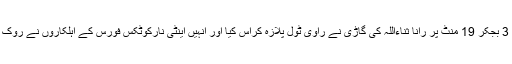
دن 3 بجکر 19 منٹ پر رانا ثناءاللہ کی گاڑی نے راوی ٹول پلازہ کراس کیا اور انہیں اینٹی نارکوٹکس فورس کے اہلکاروں نے روک لیا۔